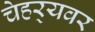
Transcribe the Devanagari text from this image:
चेहर्‍यवर